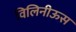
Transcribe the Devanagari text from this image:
विलिनीऊस